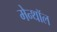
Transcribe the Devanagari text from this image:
मेन्थॉल